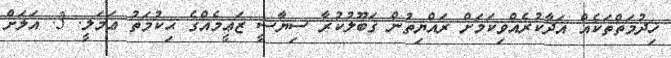
ޚިދުމަތްތަކެއް އަދާކުރެއްވިކަމަށް ރައްޔިތުން ޤަބޫލުކުރާ ސިޔާސީ ޒަޢީމެއްގެ ޙިކުމަތު ޢަމަލީ. 3. އަލަށް